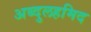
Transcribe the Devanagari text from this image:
अब्दुलहमिद